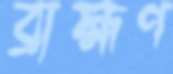
ব্রাহ্মণ